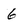
Character: 6